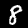
Label: 8